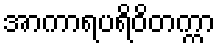
အာကာရပရိဝိတက္ကာ